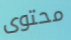
محتوى